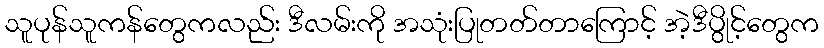
သူပုန်သူကန်တွေကလည်း ဒီလမ်းကို အသုံးပြုတတ်တာကြောင့် အဲ့ဒီပွိုင့်တွေက